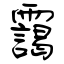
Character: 靄